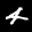
Label: 4